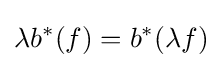
\lambda b^{*}(f)=b^{*}(\lambda f)